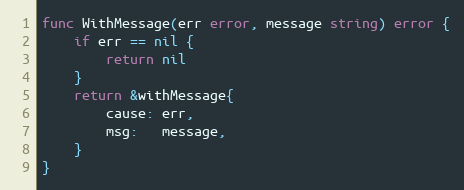
Language: Go
func WithMessage(err error, message string) error {
	if err == nil {
		return nil
	}
	return &withMessage{
		cause: err,
		msg:   message,
	}
}